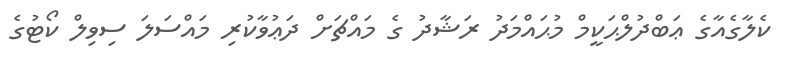
ކެލާގެއާގެ ޢަބްދުލްޙަކީމް މުޙައްމަދު ރަޝާދު ގެ މައްޗަށް ދަޢުވާކުރި މައްސަލަ ސިވިލް ކޯޓުގެ